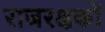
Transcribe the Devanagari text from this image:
राजरक्षकों